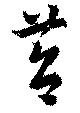
苕